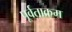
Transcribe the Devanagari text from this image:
पूर्वताक्रम